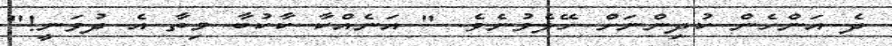
ދެ އަންހެން ކުދިންނަށް ހޭލެވުނެވެ. " އަނެއްކާ ކާކުބާ މިތާ އެ ދުވަނީ!"